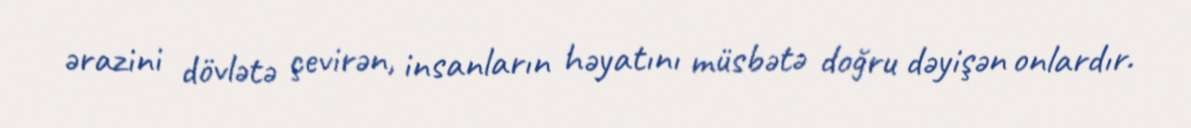
ərazini dövlətə çevirən, insanların həyatını müsbətə doğru dəyişən onlardır.